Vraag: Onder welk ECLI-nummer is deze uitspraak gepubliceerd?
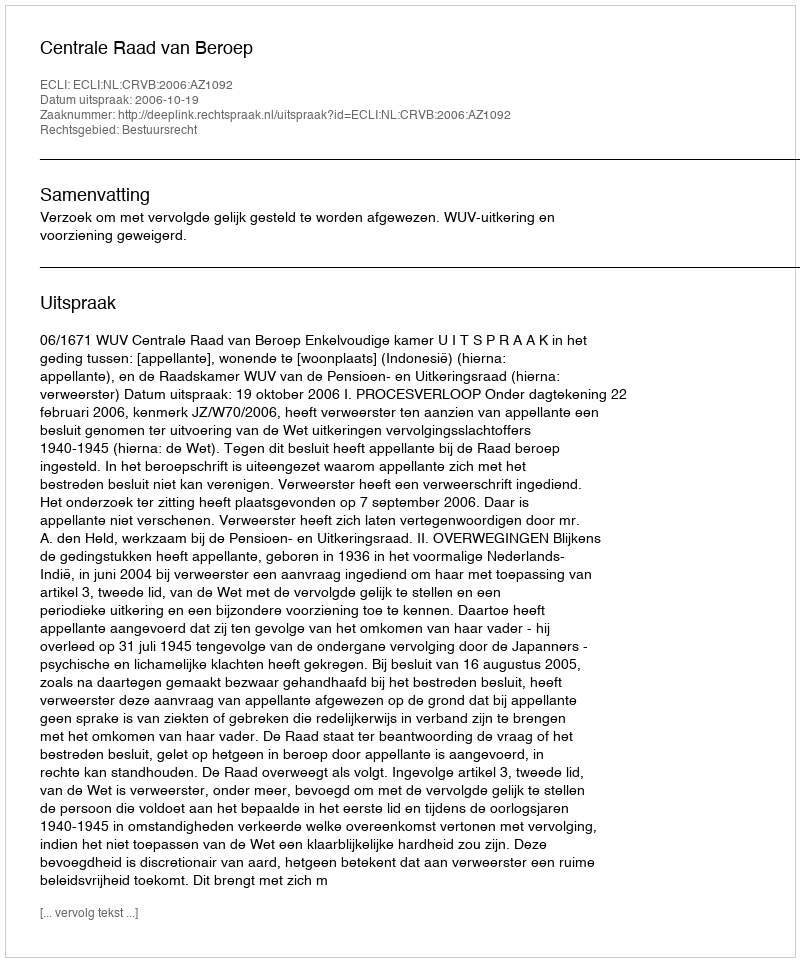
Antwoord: ECLI:NL:CRVB:2006:AZ1092